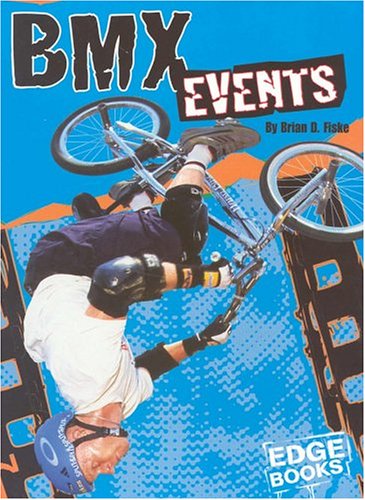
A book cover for BMX Events (BMX Extreme); Brian D. Fiske; Children's Books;